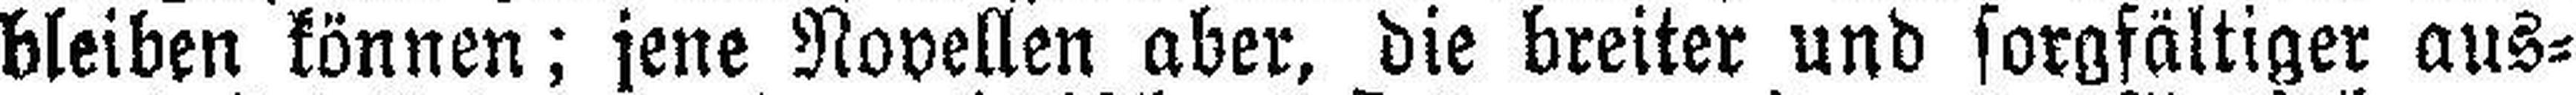
bleiben können; jene Novellen aber, die breiter und sorgfältiger aus¬